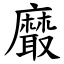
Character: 黀